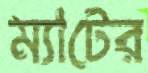
ম্যাটের